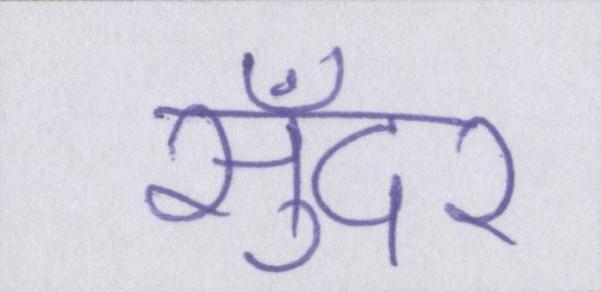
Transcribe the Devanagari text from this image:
सुँदर